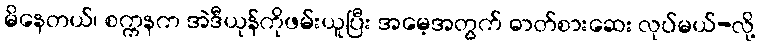
မိနေတယ်၊ စက္ကနက အဲဒီယုန်ကိုဖမ်းယူပြီး အမေ့အတွက် ဓာတ်စားဆေး လုပ်မယ်-လို့